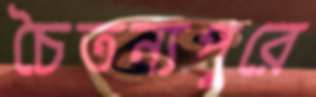
চৈতন্যপুরে